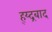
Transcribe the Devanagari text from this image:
ह्य्द्रबाद